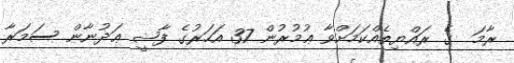
ރާމަ  ގެ ރައްޔިތެއްކަމަށްވާ ޢުމުރުން 37 އަހަރުގެ ފާޟީ ޢަދުނާން ސަމަރާ